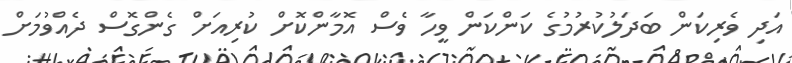
އަދި ވެރިކަން ބަދަލުކުރުމުގެ ކަންކަން ވީހާ ވެސް އޮމާންކޮށް ކުރިއަށް ގެންގޮސް ދެއްވުމަށް